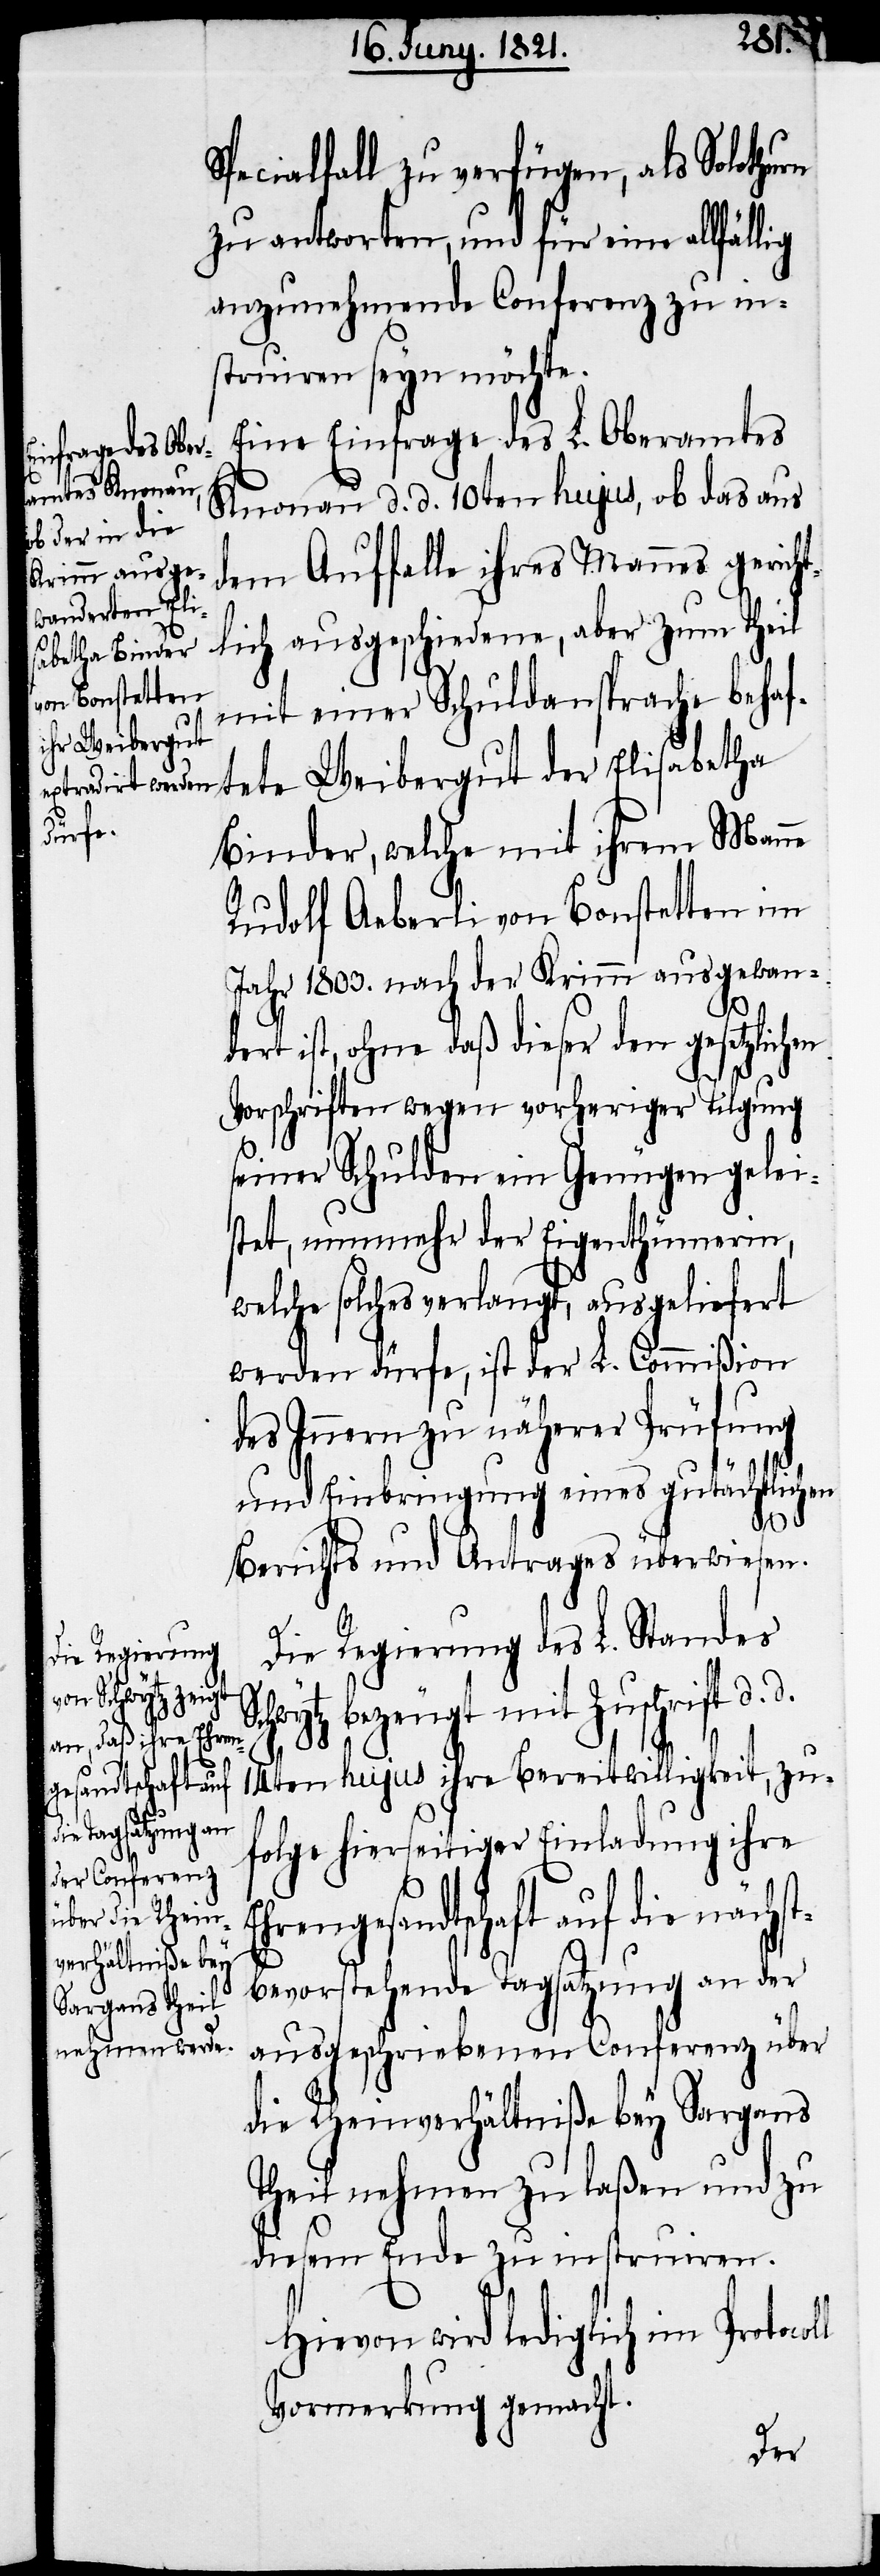
die
gesandtschaft auf

nächst¬
Specialfall zu verfügen, als Solothurn
zu antworten, und für eine allfällig
anzunehmende Conferenz zu in¬
struiren seyn möchte.
Eine Einfrage des L. Oberamtes
Knonau d. d. 10ten hujus, ob das aus
dem Auffalle ihres Mannes gerich¬
tlich ausgeschiedene, aber zum Theil
mit einer Schuldansprache behaf¬
tete Weibergut der Elisabetha
Binder, welche mit ihrem Mann
Rudolf Aeberli von Bonstetten im
Jahr 1803. nach der Krimm ausgewan¬
dert ist, ohne daß dieser den gesetzlichen
Vorschriften wegen vorheriger Tilgung
seiner Schulden ein Genügen gelei¬
stet, nunmehr der Eigenthümerin,
welche solches verlangt, ausgeliefert
werden dürfe, ist der L. Commißion
des Innern zu näherer Prüfung
und Einbringung eines gutächtlichen
Berichts und Antrages überwiesen.
l
Die Regierung des L. Standes
bezeugt mit Zuschrift d.
14ten hujus ihre Bereitwilligkeit, zu¬
folge hierseitiger Einladung ihre
bevorstehende Tagsatzung an der
ausgeschriebenen Conferenz über
die Rheinverhältniße bey Sargans
theil nehmen zu laßen und zu
diesem Ende zu instruiren.
Hievon wird lediglich im Protocol¬
Vormerkung gemacht.